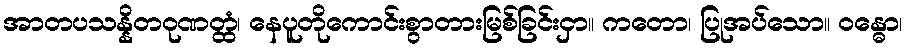
အာတပသန္နိတဝုဏတ္ထံ၊ နေပူတိုကောင်းစွာတားမြစ်ခြင်းငှာ။ ကတော၊ ပြုအပ်သော။ ဝန္ဓော၊